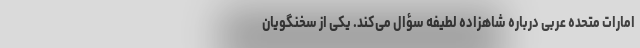
امارات متحده عربی درباره شاهزاده لطیفه سؤال می‌کند. یکی از سخنگویان